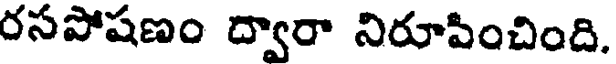
రసపోషణం ద్వారా నిరూపించింది.